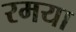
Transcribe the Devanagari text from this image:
रमया